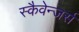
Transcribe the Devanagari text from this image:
स्कैवेन्जर्स